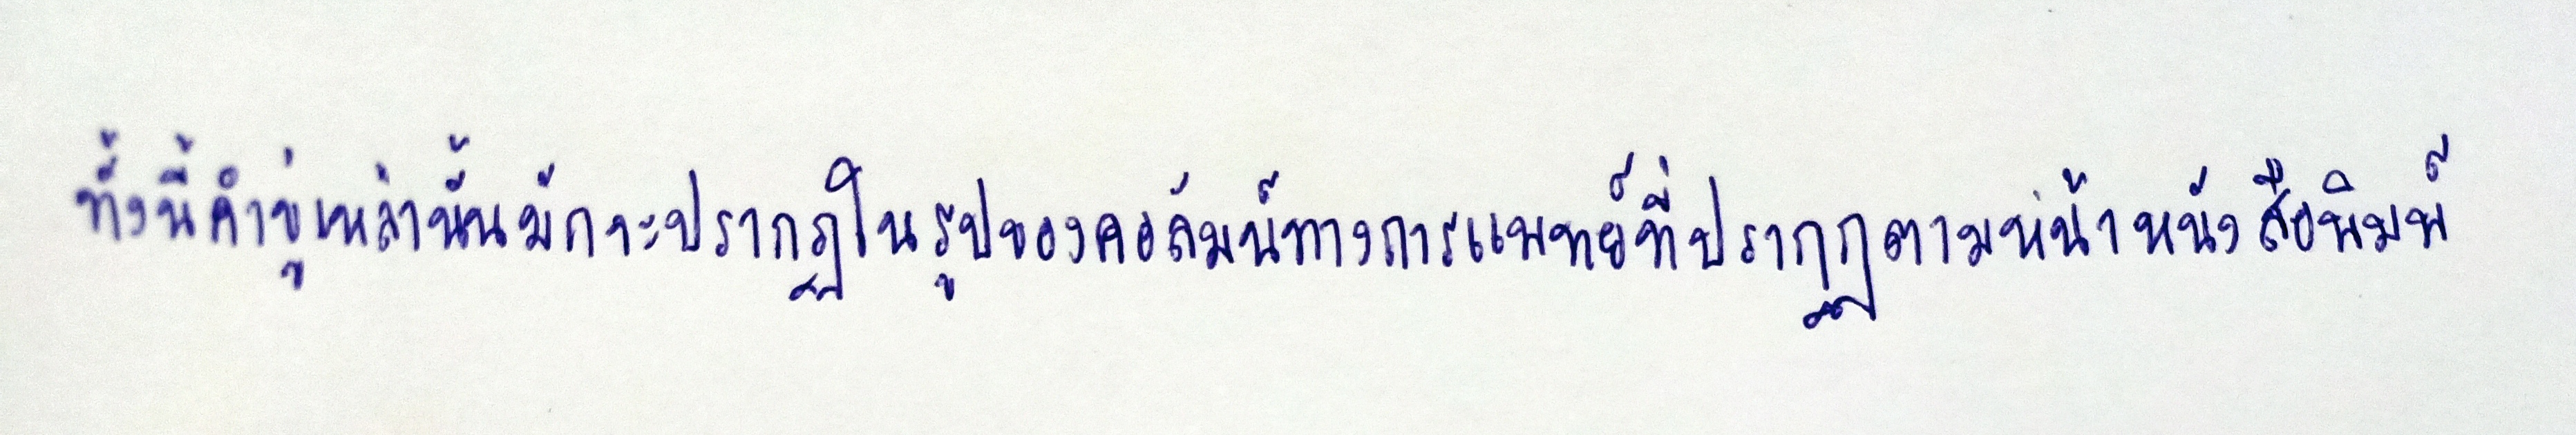
ทั้งนี้คำขู่เหล่านั้นมักจะปรากฏในรูปของคอลัมน์ทางการแพทย์ที่ปรากฏตามหน้าหนังสือพิมพ์